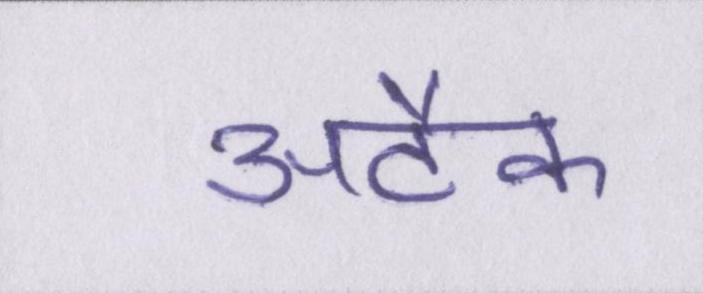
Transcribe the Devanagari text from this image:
अटैक